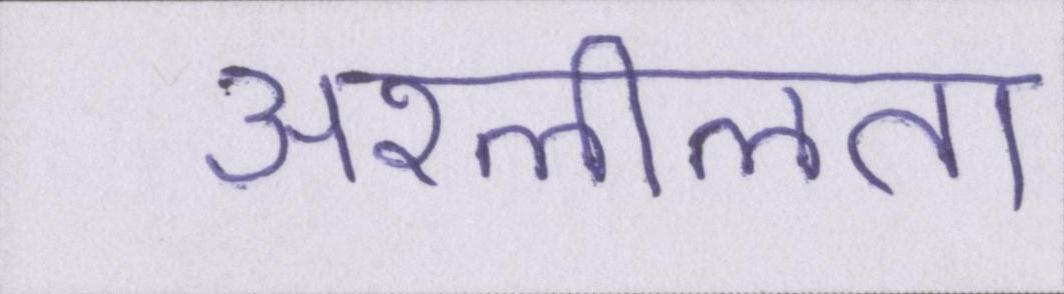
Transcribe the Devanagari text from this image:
अश्लीलता